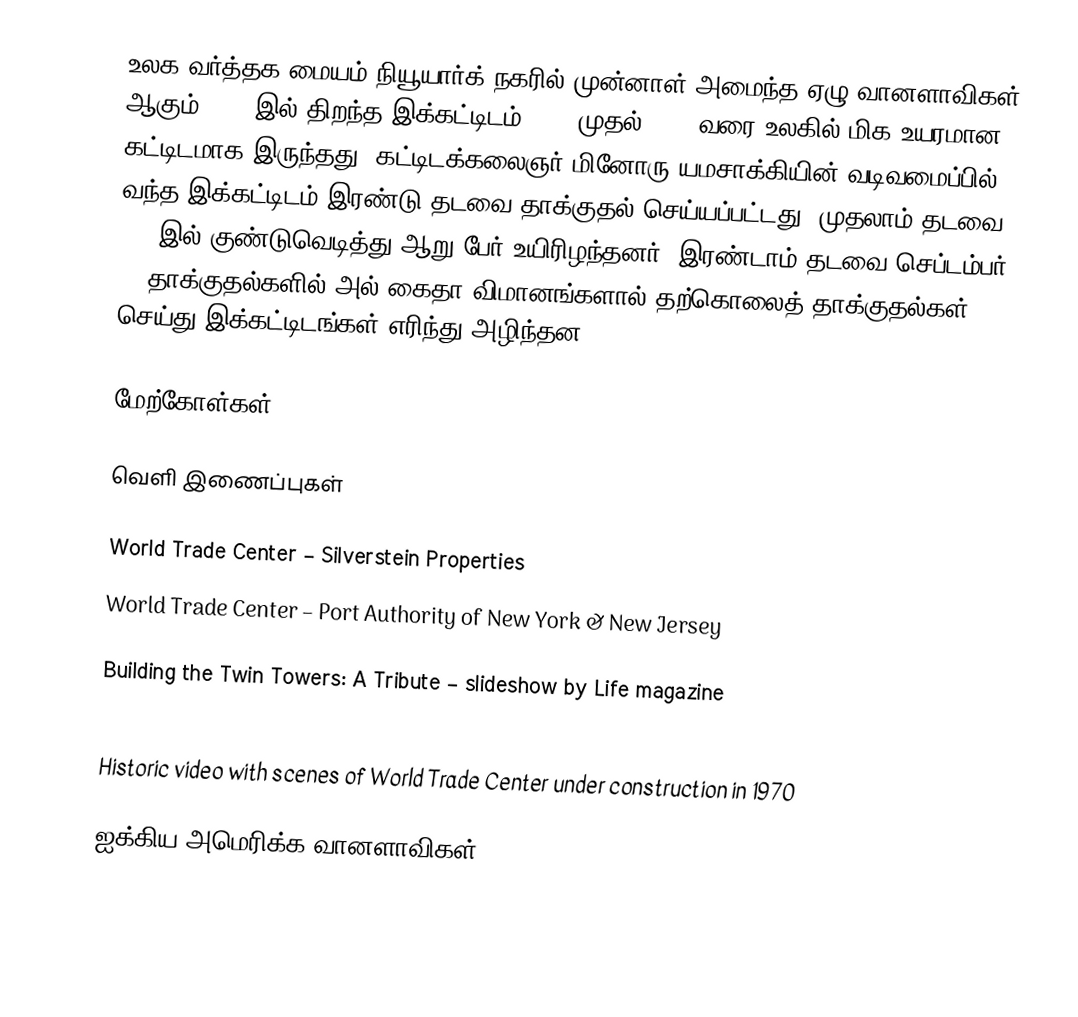
உலக வர்த்தக மையம் நியூயார்க் நகரில் முன்னாள் அமைந்த ஏழு வானளாவிகள் ஆகும். 1972இல் திறந்த இக்கட்டிடம் 1972 முதல் 1973 வரை உலகில் மிக உயரமான கட்டிடமாக இருந்தது. கட்டிடக்கலைஞர் மினோரு யமசாக்கியின் வடிவமைப்பில் வந்த இக்கட்டிடம் இரண்டு தடவை தாக்குதல் செய்யப்பட்டது. முதலாம் தடவை 1993இல் குண்டுவெடித்து ஆறு பேர் உயிரிழந்தனர். இரண்டாம் தடவை செப்டம்பர் 11 தாக்குதல்களில் அல் கைதா விமானங்களால் தற்கொலைத் தாக்குதல்கள் செய்து இக்கட்டிடங்கள் எரிந்து அழிந்தன.

மேற்கோள்கள்

வெளி இணைப்புகள்

 World Trade Center – Silverstein Properties
 World Trade Center – Port Authority of New York & New Jersey

 Building the Twin Towers: A Tribute – slideshow by Life magazine
 New York: A Documentary film features the construction and destruction of the World Trade Center in the seventh and final episode of the series directed by Ric Burns.
 Historic video with scenes of World Trade Center under construction in 1970

ஐக்கிய அமெரிக்க வானளாவிகள்